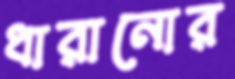
ধারানোর